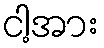
ငါ့အား